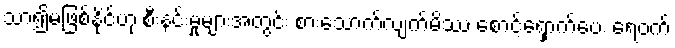
သာ၍မဖြစ်နိုင်ဟု စီးနင်းမှုများအတွင်း စားသောက်လျက်မိဿ စောင့်ရှောက်ပေး ရေဝက်